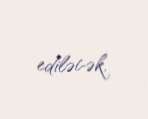
ediləcək.